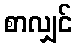
စာလျှင်